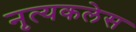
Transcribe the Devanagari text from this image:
नृत्यकलेस